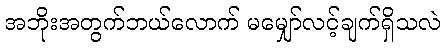
အဘိုးအတွက်ဘယ်လောက် မမျှော်လင့်ချက်ရှိသလဲ